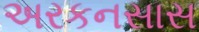
અરકનસાસ